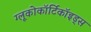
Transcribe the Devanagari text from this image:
ग्लूकोकॉर्टिकॉइड्स